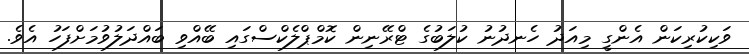
ވަކިކުރިކަން އެންގީ މިއަދު ހެނދުނު ކުލަބުގެ ޓްރޭނިން ކޮމްޕްލެކްސްގައި ބޭއްވި ބައްދަލުވުމަށްފަހު އެވެ.